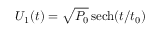
U _ { 1 } ( t ) = \sqrt { P _ { 0 } } \, { \mathrm { s e c h } } ( t / t _ { 0 } )